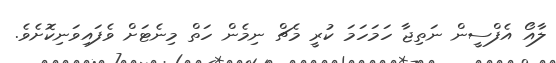
ލާއޯ އެފްސީން ނަތިޖާ ހަމަހަމަ ކުރީ މެޗް ނިމެން ހަތް މިނެޓަށް ވެފައިވަނިކޮށެވެ.